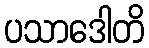
ပသာဒေါတိ